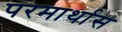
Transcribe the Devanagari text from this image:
परमार्थास